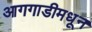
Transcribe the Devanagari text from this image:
आगगाडीमधून